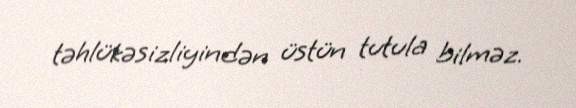
təhlükəsizliyindən üstün tutula bilməz.